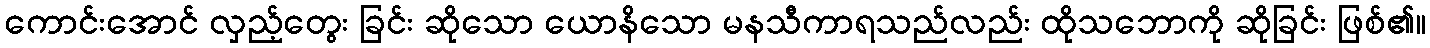
ကောင်းအောင် လှည့်တွေး ခြင်း ဆိုသော ယောနိသော မနသီကာရသည်လည်း ထိုသဘောကို ဆိုခြင်း ဖြစ်၏။